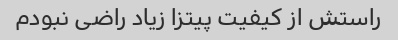
راستش از کیفیت پیتزا زیاد راضی نبودم